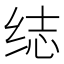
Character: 𬘨